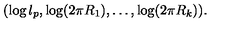
( \log l _ { p } , \log ( 2 \pi R _ { 1 } ) , \dots , \log ( 2 \pi R _ { k } ) ) .